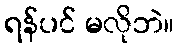
ရန်ပင် မလိုဘဲ။